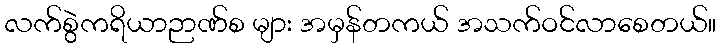
လက်စွဲကရိယာဉာဏ်စ များ အမှန်တကယ် အသက်ဝင်လာစေတယ်။